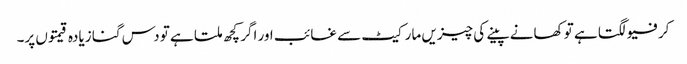
کرفیو لگتا ہے تو کھانے پینے کی چیزیں مارکیٹ سے غائب اور اگر کچھ ملتا ہے تو دس گنا زیادہ قیمتوں پر۔